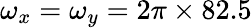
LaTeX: \omega_{x}=\omega_{y}=2\pi\times 82.5